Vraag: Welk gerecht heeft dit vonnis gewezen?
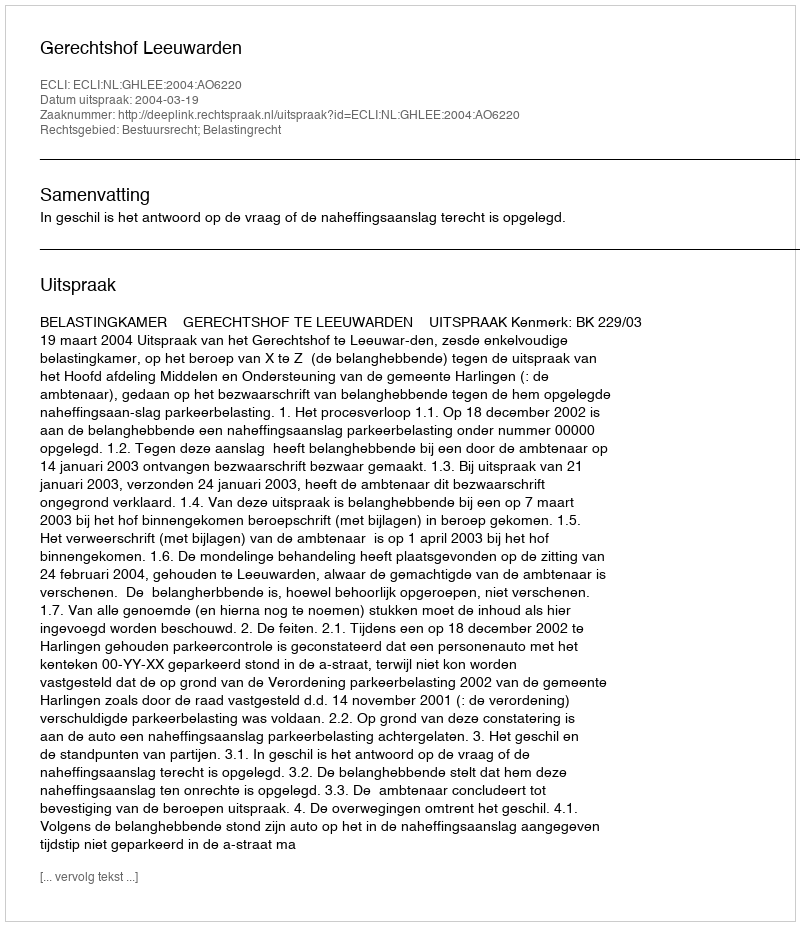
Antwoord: Gerechtshof Leeuwarden